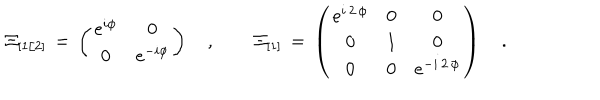
{ \mit \Xi } _ { [ 1 / 2 ] } \, = \, \left( \begin{array} { c c } { { e ^ { i \phi } } } & { { 0 } } \\ { { 0 } } & { { e ^ { - i \phi } } } \\ \end{array} \right) \quad , \qquad { \mit \Xi } _ { [ 1 ] } \, = \, \left( \begin{array} { c c c } { { e ^ { i \, 2 \, \phi } } } & { { 0 } } & { { 0 } } \\ { { 0 } } & { { 1 } } & { { 0 } } \\ { { 0 } } & { { 0 } } & { { e ^ { - i \, 2 \, \phi } } } \\ \end{array} \right) \quad .